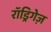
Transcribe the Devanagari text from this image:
रॉड्रिगेज़